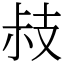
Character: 𢻃